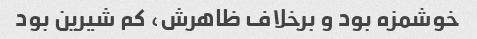
خوشمزه بود و برخلاف ظاهرش، کم شیرین بود